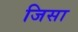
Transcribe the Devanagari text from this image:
जिसा